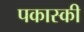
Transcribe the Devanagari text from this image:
पकास्की